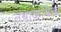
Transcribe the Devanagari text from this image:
तथाकथिक